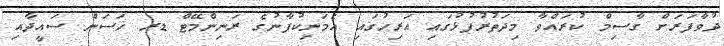
ދުވާފަރަށް ގާސިމް ކުރައްވާ މިދަތުރުފުޅުގައި އަރިހުގައި އެމަނިކުފާނުގެ ރަނިންމޭޓް ޑރ ހަސަން ސައީދާއި